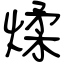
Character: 煣